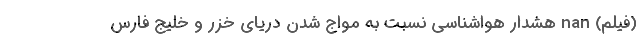
(فیلم) nan هشدار هواشناسی نسبت به مواج شدن دریای خزر و خلیج ‌فارس